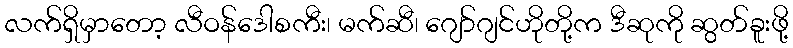
လက်ရှိမှာတော့ လီဝန်ဒေါစကီး၊ မက်ဆီ၊ ဂျော်ဂျင်ဟိုတို့က ဒီဆုကို ဆွတ်ခူးဖို့